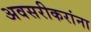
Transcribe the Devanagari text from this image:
अवसरीकरांना